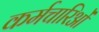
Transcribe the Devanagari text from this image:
कर्मचारिओं